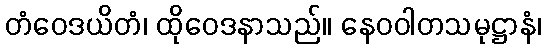
တံဝေဒယိတံ၊ ထိုဝေဒနာသည်။ နေဝဝါတသမုဋ္ဌာနံ၊